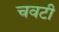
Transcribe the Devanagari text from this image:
चवटी